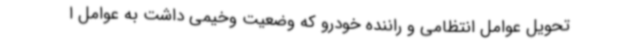
تحویل عوامل انتظامی و راننده خودرو که وضعیت وخیمی داشت به عوامل ا